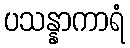
ပသန္နာကာရံ